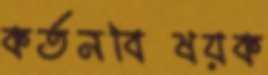
কর্তনবিষয়ক